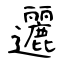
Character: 邐